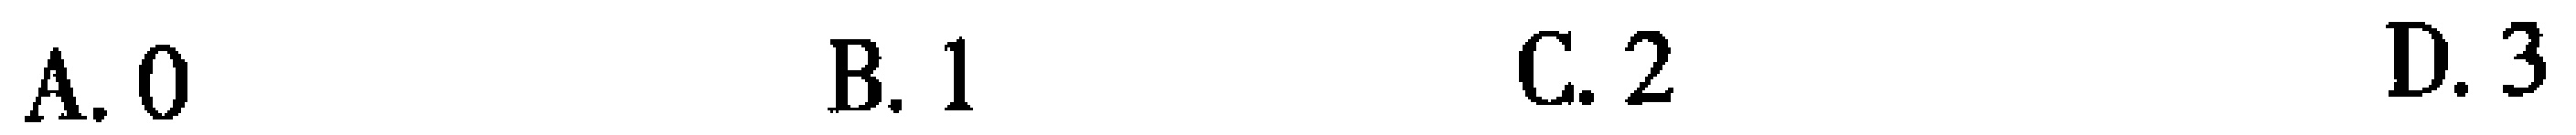
A. 0  B. 1  C. 2  D. 3